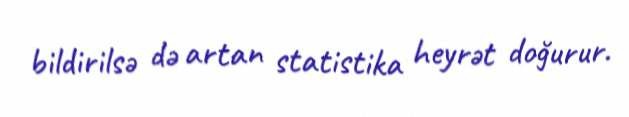
bildirilsə də artan statistika heyrət doğurur.